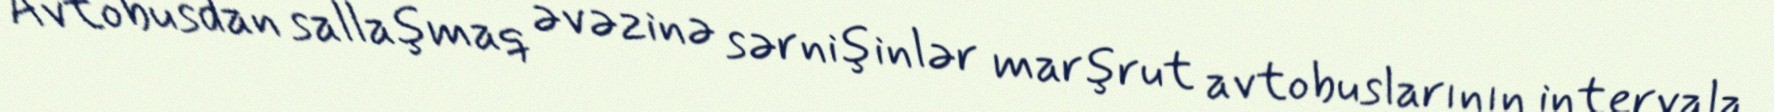
Avtobusdan sallaşmaq əvəzinə sərnişinlər marşrut avtobuslarının intervala